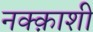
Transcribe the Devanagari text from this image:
नक्क़ाशी